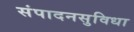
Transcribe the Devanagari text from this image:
संपादनसुविधा